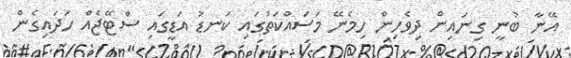
އޭނާ ބުނީ ގިނައިން ދިވެހިން ހިމެނޭ މަސައްކަތުގައި ކަނޑު އަޑީގައި ސްޓޭޖެއް ހަދައިގެން